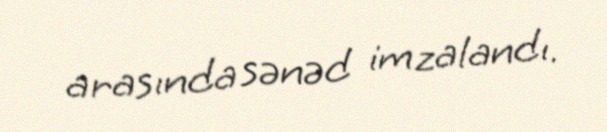
arasında sənəd imzalandı.